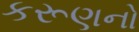
કરૂણનો